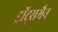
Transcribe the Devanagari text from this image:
ड्रॉट्समैन